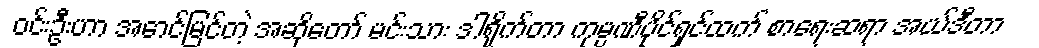
ဝင်းဦးဟာ အောင်မြင်တဲ့ အဆိုတော် မင်းသား ဒါရိုက်တာ ကုမ္ပဏီပိုင်ရှင်ထက် စာရေးဆရာ အယ်ဒီတာ